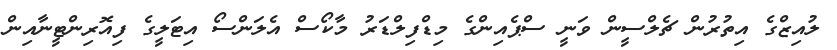
ލުއިޒްގެ އިތުރުން ޗެލްސީން ވަނީ ސްޕެއިންގެ މިޑްފިލްޑަރު މާކޯސް އެލަންސޯ އިޓަލީގެ ފިއޮރިންޓީނާއިން